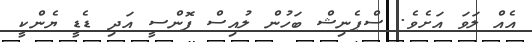
އެއް ލަވަ އަށެވެ. ސްޕެނިޝް ބަހުން ލުއިސް ފޮންސީ އަދި ޑެޑީ ޔެންކީ